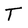
Character: T